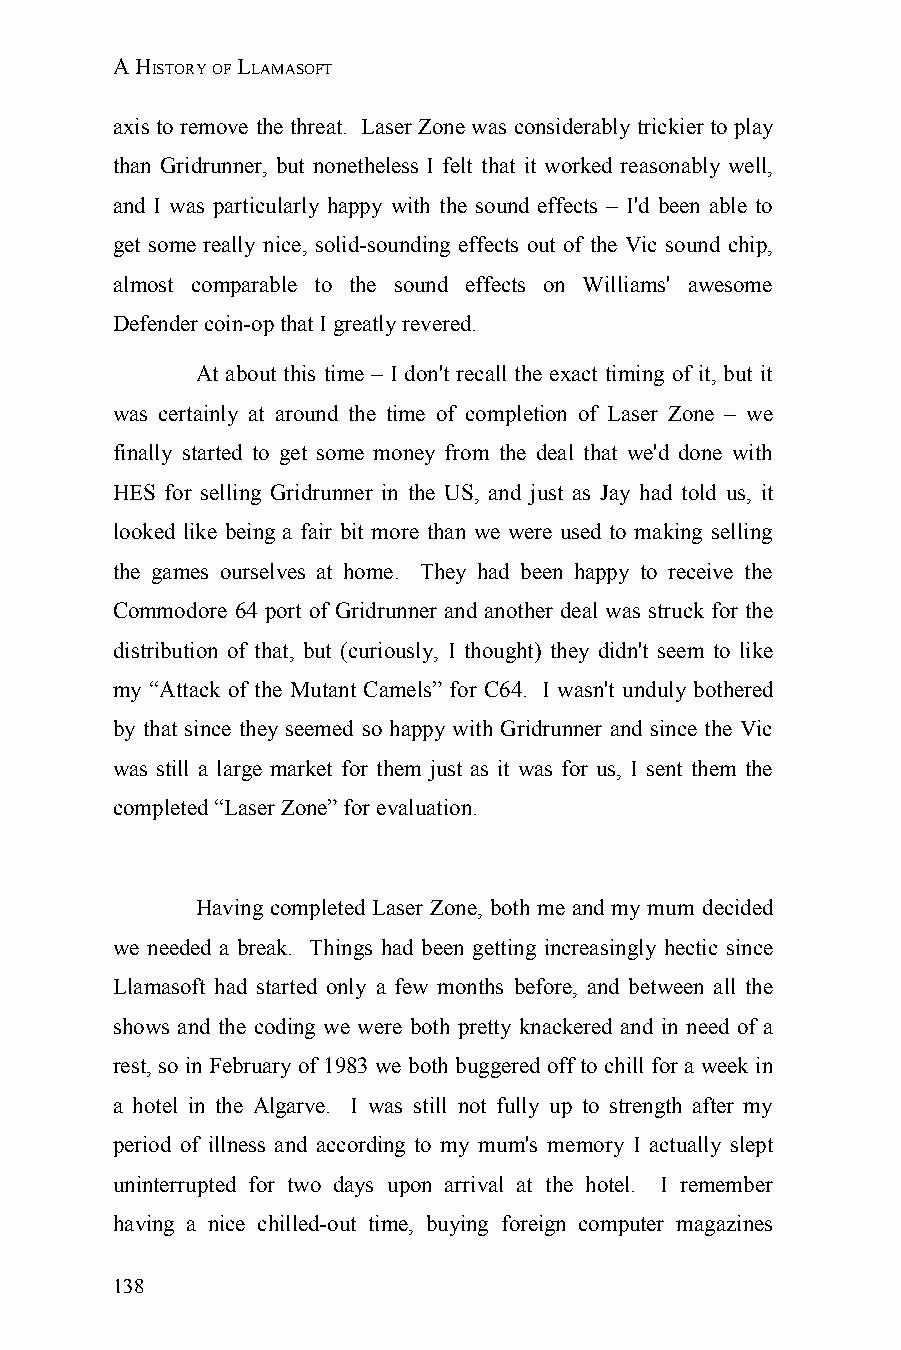
A HISTORY OF LLAMASOFT
 axis to remove the threat. Laser Zone was considerably trickier to play
 than Gridrunner, but nonetheless I felt that it worked reasonably well,
 and I was particularly happy with the sound effects – I'd been able to
 get some really nice, solid-sounding effects out of the Vic sound chip,
 almost comparable to the sound effects on Williams' awesome
 Defender coin-op that I greatly revered.
 At about this time – I don't recall the exact timing of it, but it
 was certainly at around the time of completion of Laser Zone – we
 finally started to get some money from the deal that we'd done with
 HES for selling Gridrunner in the US, and just as Jay had told us, it
 looked like being a fair bit more than we were used to making selling
 the games ourselves at home. They had been happy to receive the
 Commodore 64 port of Gridrunner and another deal was struck for the
 distribution of that, but (curiously, I thought) they didn't seem to like
 my “Attack of the Mutant Camels” for C64. I wasn't unduly bothered
 by that since they seemed so happy with Gridrunner and since the Vic
 was still a large market for them just as it was for us, I sent them the
 completed “Laser Zone” for evaluation.
 Having completed Laser Zone, both me and my mum decided
 we needed a break. Things had been getting increasingly hectic since
 Llamasoft had started only a few months before, and between all the
 shows and the coding we were both pretty knackered and in need of a
 rest, so in February of 1983 we both buggered off to chill for a week in
 a hotel in the Algarve. I was still not fully up to strength after my
 period of illness and according to my mum's memory I actually slept
 uninterrupted for two days upon arrival at the hotel. I remember
 having a nice chilled-out time, buying foreign computer magazines
 138